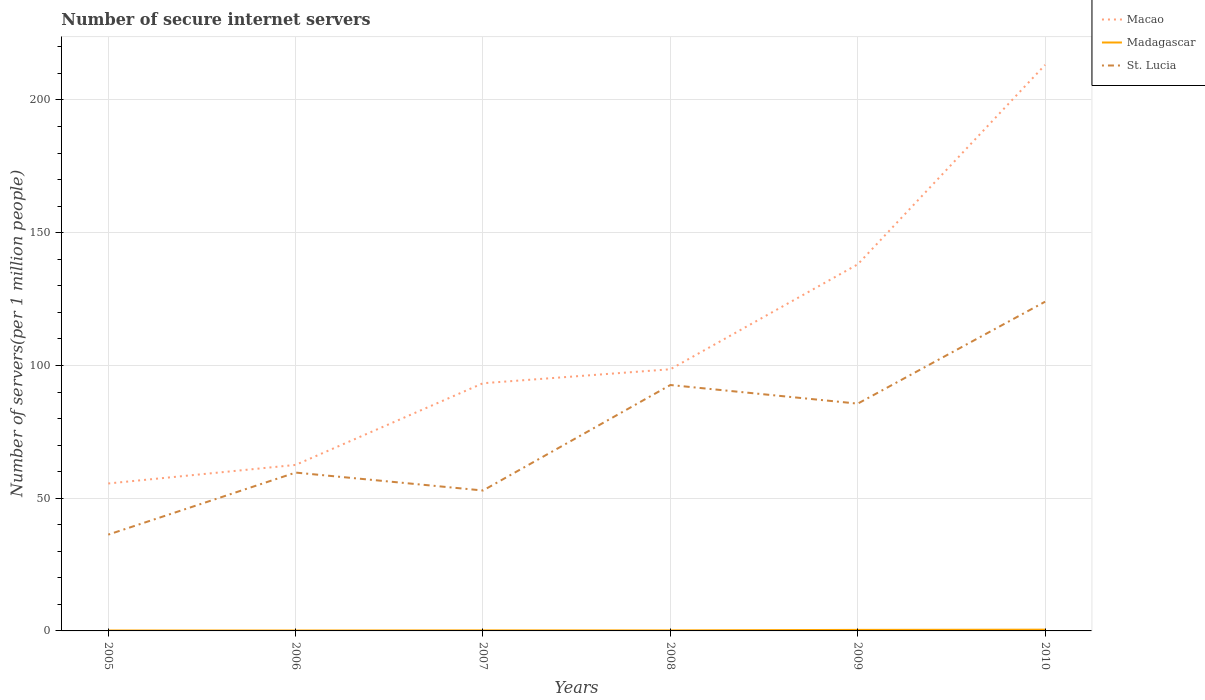
| Years | Macao | Madagascar | St. Lucia |
 | --- | --- | --- | --- |
 | 2005 | 55.5 | 0.164 | 36.3 |
 | 2006 | 62.5 | 0.159 | 59.6 |
 | 2007 | 93.3 | 0.206 | 52.9 |
 | 2008 | 98.6 | 0.201 | 92.6 |
 | 2009 | 138 | 0.39 | 85.6 |
 | 2010 | 213 | 0.474 | 124 |